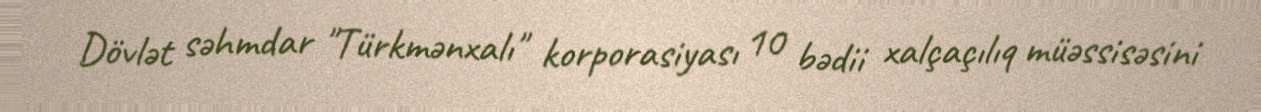
Dövlət səhmdar "Türkmənxalı" korporasiyası 10 bədii xalçaçılıq müəssisəsini